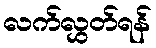
လက်လွှတ်ရန်